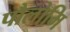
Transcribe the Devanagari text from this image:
पौलोमि